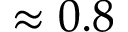
\approx 0 . 8